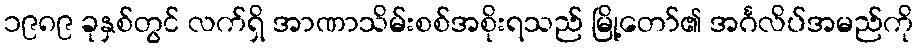
၁၉၈၉ ခုနှစ်တွင် လက်ရှိ အာဏာသိမ်းစစ်အစိုးရသည် မြို့တော်၏ အင်္ဂလိပ်အမည်ကို